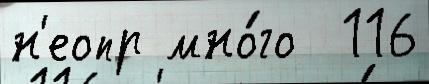
н'еопр мно́го  116